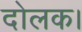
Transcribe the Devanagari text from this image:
दोलक।